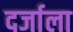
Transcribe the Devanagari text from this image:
दर्जाला